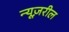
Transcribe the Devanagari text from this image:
न्यूज़रील